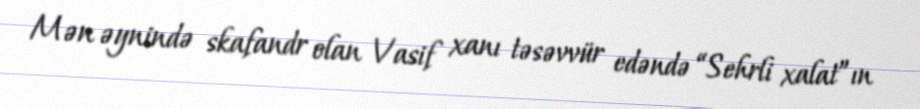
Mən əynində skafandr olan Vasif xanı təsəvvür edəndə “Sehrli xalat”ın